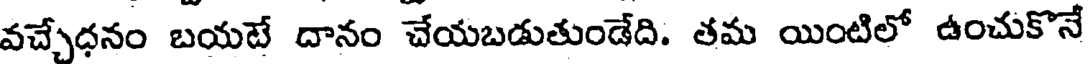
వచ్చేధనం బయటే దానం చేయబడుతుండేది. తమ యింటిలో ఉంచుకొనే